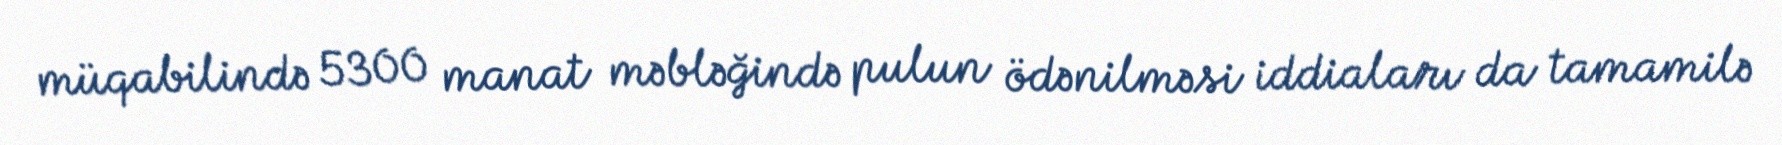
müqabilində 5300 manat məbləğində pulun ödənilməsi iddiaları da tamamilə